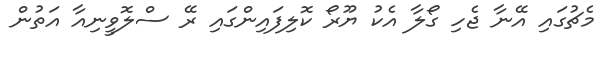
މެޗުގައި އޭނާ ޖެހި ގޯލާ އެކު ޔޫރޯ ކޮލިފައިންގައި ރޭ ސްލޮވީނިއާ އަތުން